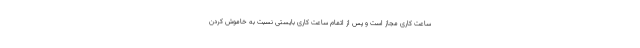
ساعت کاری مجاز است و پس از اتمام ساعت کاری بایستی نسبت به خاموش کردن